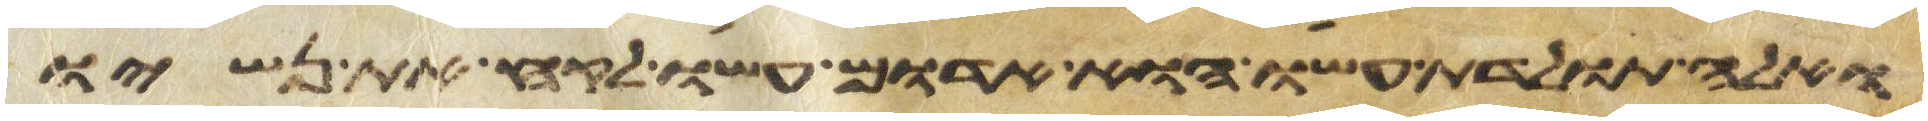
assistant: ואלה תולדת עשו הוא אדום עשו לקח את נשיו